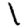
Digit: 1